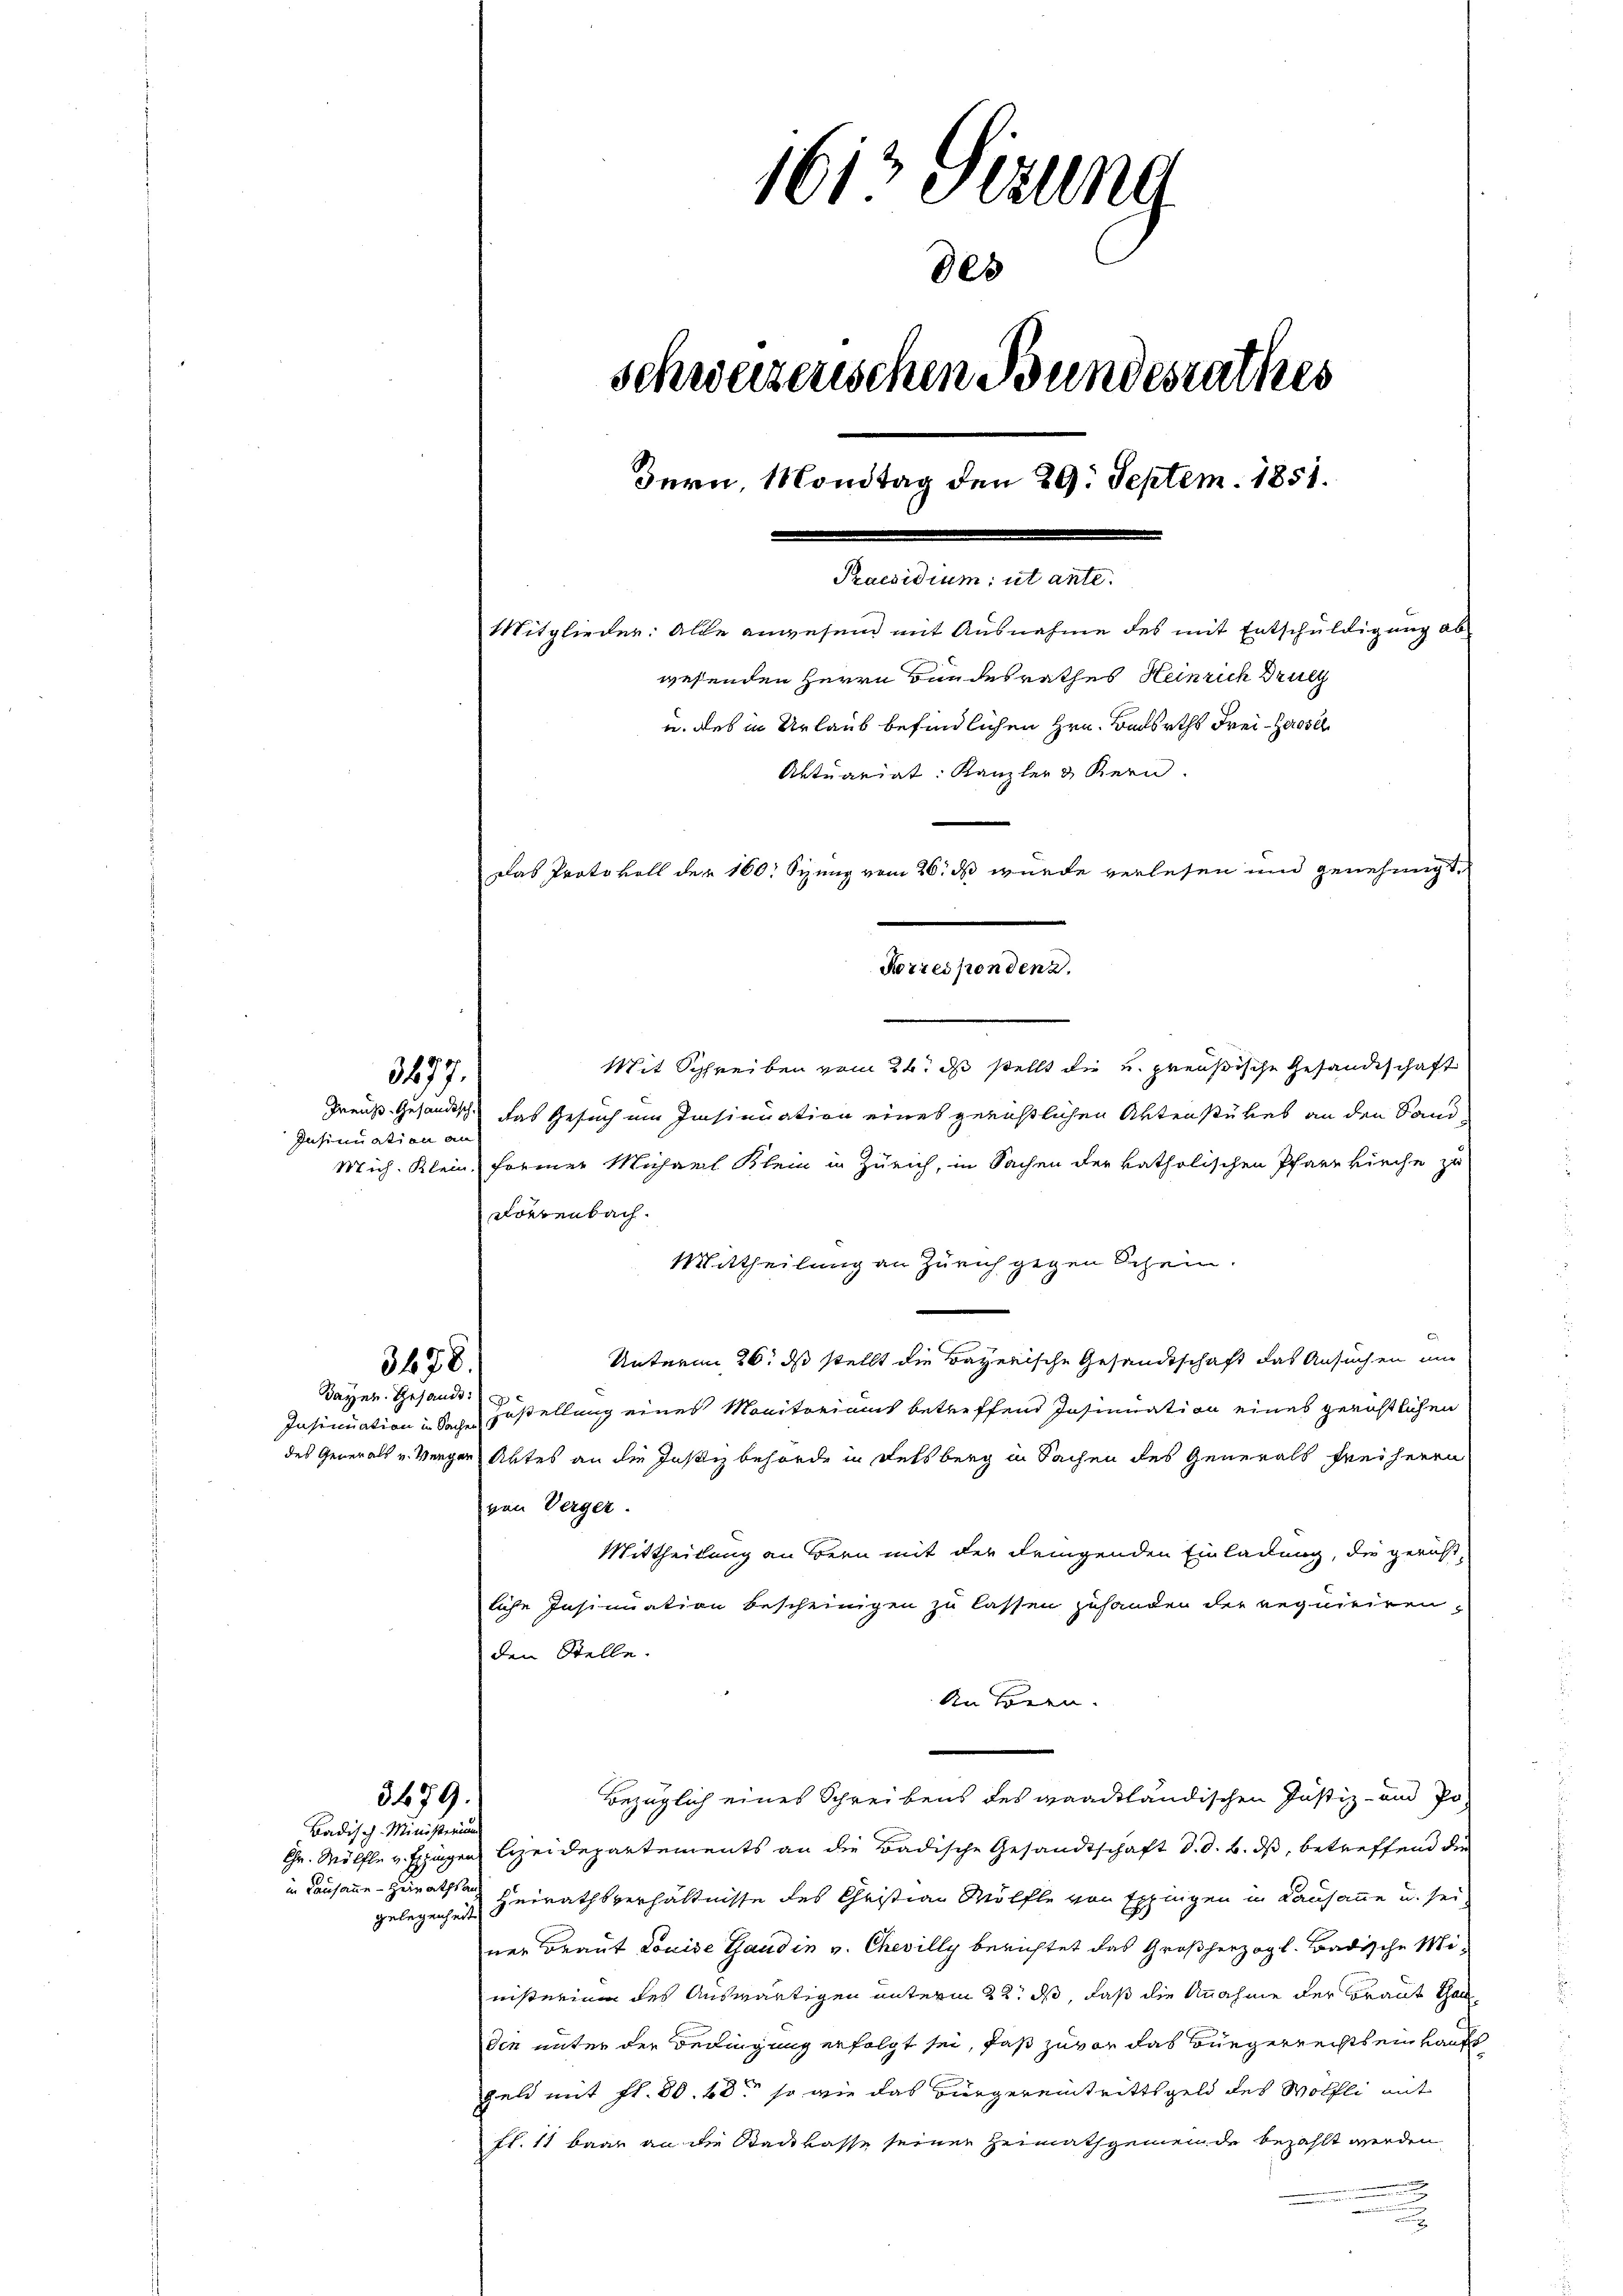
2477.

Insinuation an

5428.

Bayer. Gesandt

in Lausanne - Heirathsau

3479.
Badisch-Ministerium

1612 Sizung
9es
schweizerischen Bundesrathes
Bern, Mondtag den 29. Septem. 1851.
Praesidium, ut ante.
Mitglieder: Alle anwesend mit Ausnahme des mit Entschuldigung abwesenden Herrn Bundesrathes Heinrich Druck
u. des in Urlaub befindlichen Hrn. Badsrths Frei-Zerosel
Aktuariat: Kanzler & Bern.
Das Protokoll der 160. Sienz vom 26. ds wurde verlesen und genehmigt,
Korrespondenz.

Mit Schreiben vom 24. ds stellt die u. preußische Gesandtschaft
Preuß. Gesandtsch das Gesuch im Insinuation eines gernstlichen Aktensives an den Sand¬
Mich. Klein former Michael Klein in Zürich, in Sachen der katholischen Pfarrkirche zu
Lörrenbach.
Mittheilung an Zürich gegen Schein.
Unterm 26. ds stellt die Bayerische Gesandtschaft das Ansuchen und
Insinuation in Sache Gestellung eines Monitoriums betreffend Insinuation eines gerichtlichen
des Generals u. Verger Aktes an die Justiz behörde in Felsberg in Sachen des Generals Freiherrn
von Verger.
Mittheilung an Bern mit der dringenden Einladung, die gericht
liche Insinuation bescheinigen zu lassen zuhanden der requiriren,
den Stelle.
An sogen.
Bezüglich eines Schreibens des waackländischen Justiz- und Po-
Gr. Mölfle v. Eigen Heizeidepartements an die Badische Gesandtschaft d. d. B. ds, betreffend die
gelegenheit Heirathsverhältnisse des Christian Wölfte von Eppingen in Lausanne u. sei,
ner Braut Louise Candin v. Chevilly berichtet das Großherzogl. Badische Ministerium des Auswärtigen unterm 22. ds, daß die Annahme der Braut Thal
die unter der Bedingung erfolgt sei, daß zuvor das Bürgerrechts ein Kaufs
geld mit fl. 80. 60 so wie das Bürgereintrittsgeld des Wölfli mit
fl. 11 baar an die Stadtkasse seiner Heimathgemeinde bezahlt werden,
n
.